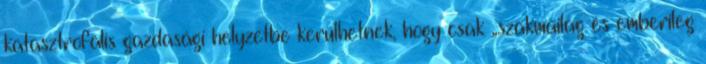
katasztrofális gazdasági helyzetbe kerülhetnek, hogy csak „szakmailag és emberileg